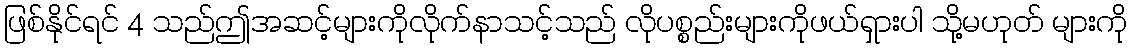
ဖြစ်နိုင်ရင် 4 သည်ဤအဆင့်များကိုလိုက်နာသင့်သည် လိုပစ္စည်းများကိုဖယ်ရှားပါ သို့မဟုတ် များကို